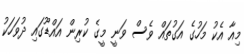
މިއާ އެކު މަހުގެ އަގުތައް ވެސް ވަނީ މީގެ ކުރިން އައްޑޫގައި ދުވަހަކު